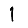
Digit: 1